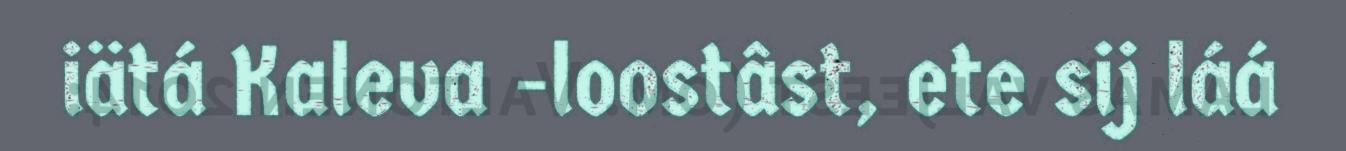
iätá Kaleva -loostâst, ete sij láá